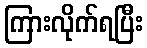
ကြားလိုက်ရပြီး